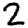
Digit: 2